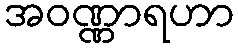
အဝဏ္ဏာရဟာ